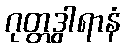
ဂုတ္တဒွါရာနံ